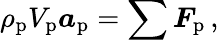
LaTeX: \rho_{\textup{p}}V_{\textup{p}}\boldsymbol{a}_{\textup{p}}=\sum\boldsymbol{F}_{\textup{p}}\, ,